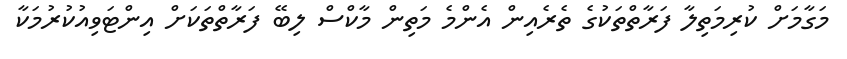
މަގާމަށް ކުރިމަތިލާ ފަރާތްތަކުގެ ތެރެއިން އެންމެ މަތިން މާކްސް ލިބޭ ފަރާތްތަކަށް އިންޓަވިއުކުރުމަކާ